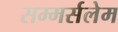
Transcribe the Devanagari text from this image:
सम्मर्सलेम